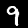
Digit: 9